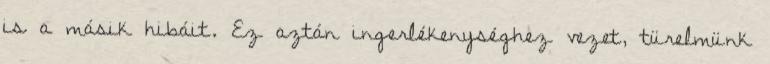
is a másik hibáit. Ez aztán ingerlékenységhez vezet, türelmünk